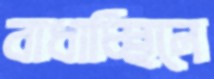
বাধাচ্ছিলে